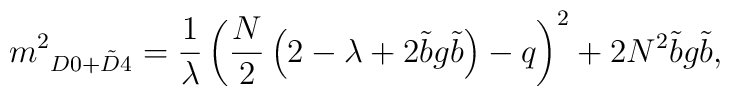
\displaystyle {m^2}_{D0+\tilde D4}=\frac{1}{\lambda} \left ({N\over 2} \left ( 2-\lambda +2{\tilde b} g {\tilde b} \right ) - q \right )^2 +2N^2 {\tilde b} g {\tilde b},